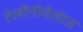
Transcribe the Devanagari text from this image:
टेलीनोवेलाज